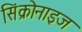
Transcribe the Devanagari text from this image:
सिंक्रोनाइज